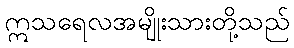
ဣသရေလအမျိုးသားတို့သည်